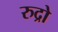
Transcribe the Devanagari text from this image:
रुद्रो